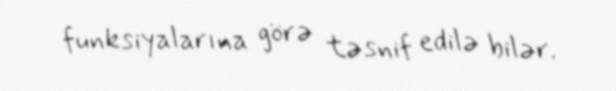
funksiyalarına görə təsnif edilə bilər.